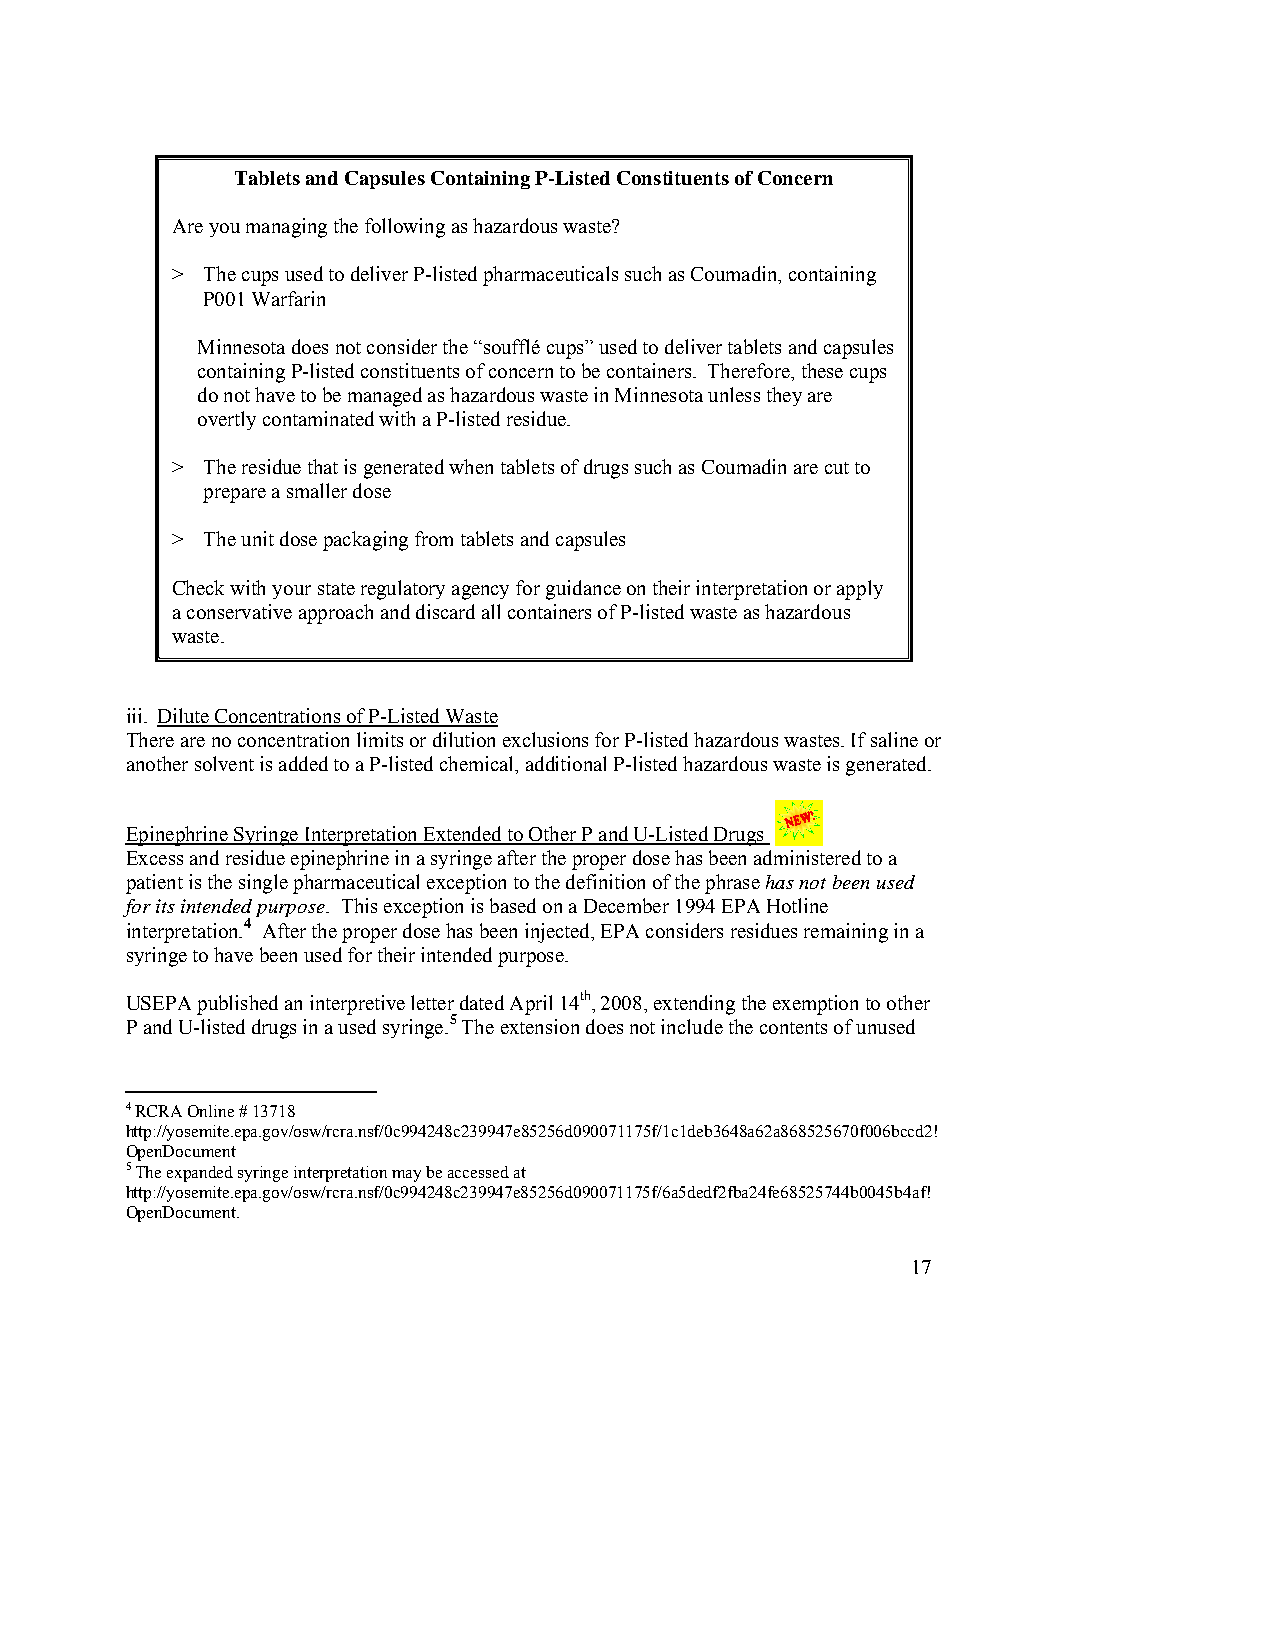
Tablets and Capsules Containing P-Listed Constituents of Concern
 Are you managing the following as hazardous waste?
 > The cups used to deliver P-listed pharmaceuticals such as Coumadin, containing
 P001 Warfarin
 Minnesota does not consider the “soufflé cups” used to deliver tablets and capsules
 containing P-listed constituents of concern to be containers. Therefore, these cups
 do not have to be managed as hazardous waste in Minnesota unless they are
 overtly contaminated with a P-listed residue.
 > The residue that is generated when tablets of drugs such as Coumadin are cut to
 prepare a smaller dose
 > The unit dose packaging from tablets and capsules
 Check with your state regulatory agency for guidance on their interpretation or apply
 a conservative approach and discard all containers of P-listed waste as hazardous
 waste.
 iii. Dilute Concentrations of P-Listed Waste
 There are no concentration limits or dilution exclusions for P-listed hazardous wastes. If saline or
 another solvent is added to a P-listed chemical, additional P-listed hazardous waste is generated.
 Epinephrine Syringe Interpretation Extended to Other P and U-Listed Drugs
 Excess and residue epinephrine in a syringe after the proper dose has been administered to a
 patient is the single pharmaceutical exception to the definition of the phrase has not been used
 for its intended purpose. This exception is based on a December 1994 EPA Hotline
 interpretation.4 After the proper dose has been injected, EPA considers residues remaining in a
 syringe to have been used for their intended purpose.
 USEPA published an interpretive letter dated April 14th, 2008, extending the exemption to other
 P and U-listed drugs in a used syringe.5 The extension does not include the contents of unused
 4 RCRA Online # 13718
 http://yosemite.epa.gov/osw/rcra.nsf/0c994248c239947e85256d090071175f/1c1deb3648a62a868525670f006bccd2!
 OpenDocument
 5 The expanded syringe interpretation may be accessed at
 http://yosemite.epa.gov/osw/rcra.nsf/0c994248c239947e85256d090071175f/6a5dedf2fba24fe68525744b0045b4af!
 OpenDocument.
 17